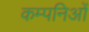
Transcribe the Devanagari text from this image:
कम्पनिओं